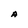
Character: A